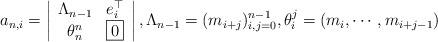
LaTeX: \begin{align*}a_{n,i}=\left|\begin{array}{cc}\Lambda_{n-1}&e_i^\top\\\theta_n^n&\boxed{0}\end{array}\right|,\Lambda_{n-1}=(m_{i+j})_{i,j=0}^{n-1},\theta^{j}_i=(m_i,\cdots,m_{i+j-1})\end{align*}